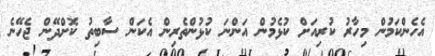
އެހެންކަމުން މިހާރު ކުރިއަށް ކުޅެމުން އަންނަ ކުޅުންތެރިން އެކަން ސާބިތު ކޮށްދޭން ޖެހޭނެ